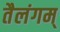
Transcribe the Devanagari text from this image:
तैलंगम्